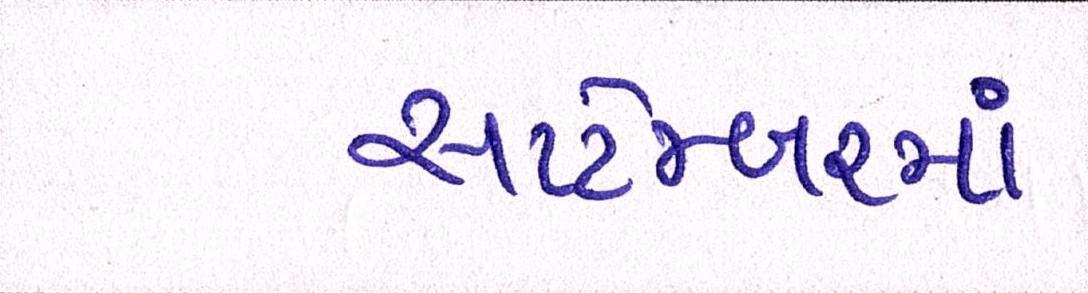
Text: સપ્ટેમ્બરમાં